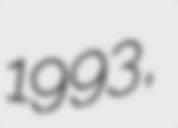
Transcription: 1993,